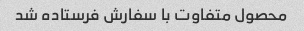
محصول متفاوت با سفارش فرستاده شد